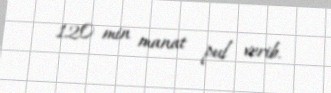
120 min manat pul verib.